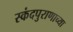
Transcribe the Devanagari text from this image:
स्कंदपुराणाच्या